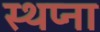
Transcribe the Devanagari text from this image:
स्थप्ना